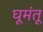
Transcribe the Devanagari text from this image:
घूमंतू